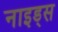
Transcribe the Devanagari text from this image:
नाइड्स